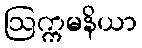
ဩက္ကမနိယာ